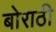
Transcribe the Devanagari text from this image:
बोराठी